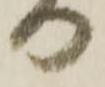
り